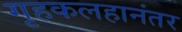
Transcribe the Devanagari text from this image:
गृहकलहानंतर